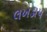
લખડાપ